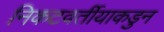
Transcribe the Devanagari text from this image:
निकटवर्तीयाकडुन